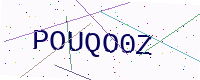
Text: POUQO0Z